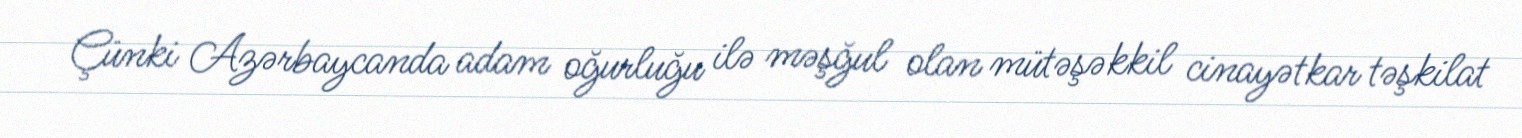
Çünki Azərbaycanda adam oğurluğu ilə məşğul olan mütəşəkkil cinayətkar təşkilat